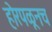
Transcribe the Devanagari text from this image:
होरपळूनच